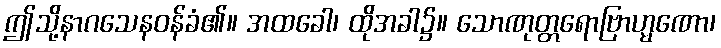
ဤသို့နာဂသေနဝန်ခံ၏။ အထခေါ၊ ထိုအခါ၌။ သောဏုတ္တရောဗြာဟ္မဏော၊